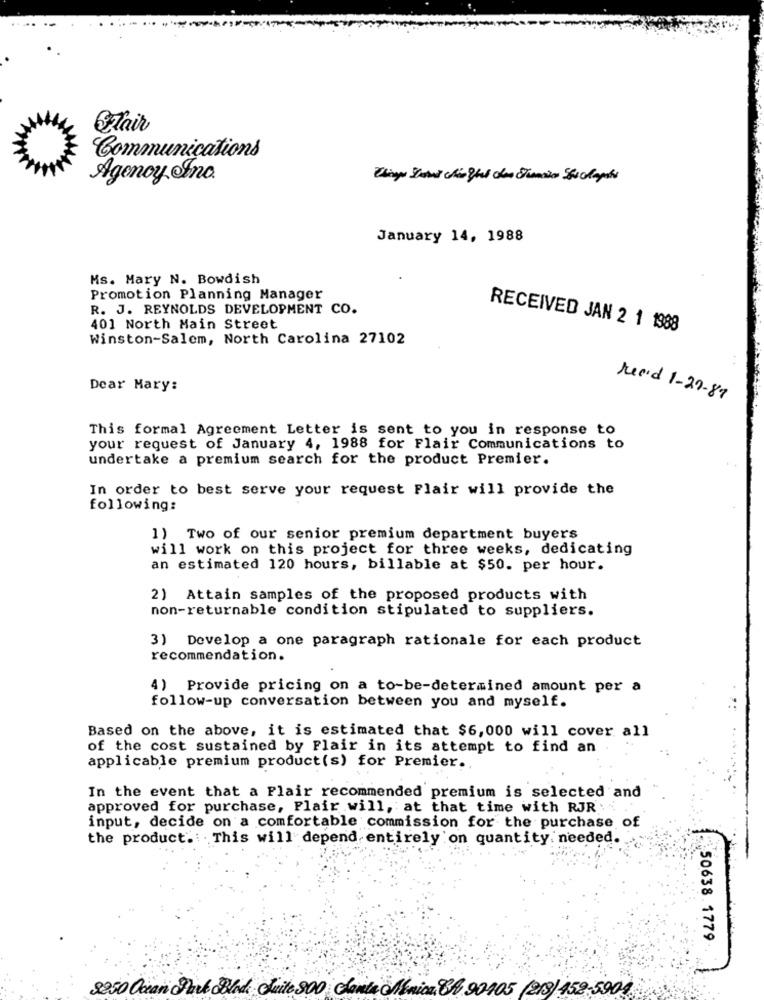
zair
Communications
Agonoy Inc.
January 14, 1988
Ms. Mary N. Bowdish
Promotion Planning Manager
R. J. REYNOLDS DEVELOPMENT CO.
401 North Main Street
RECEIVED JAN 2 1 1988
Winston-Salem, North Carolina 27102
Dear Mary:
read 1-27-89
This formal Agreement Letter is sent to you in response to
your request of January 4, 1988 for Flair Communications to
undertake a premium search for the product Premier.
In order to best serve your request Flair will provide the
following:
1) Two of our senior premium department buyers
will work on this project for three weeks, dedicating
an estimated 120 hours, billable at $50. per hour.
2) Attain samples of the proposed products with
non-returnable condition stipulated to suppliers.
3) Develop a one paragraph rationale for each product
recommendation.
4) Provide pricing on a to-be-determined amount per a
follow-up conversation between you and myself.
Based on the above, it is estimated that $6,000 will cover all
of the cost sustained by Flair in its attempt to find an
applicable premium product(s) for Premier ..
In the event that a Flair recommended premium is selected and
approved for purchase, Flair will, at that time with RJR .
input, decide on a comfortable commission for the purchase of
the product. This will depend entirely on quantity. needed.
50638.1779
8250 Ocean Park Block Quite 800 Santa Monica, 84 90405 (213) 452-5904.